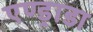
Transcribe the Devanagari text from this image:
एण्ड्राडा